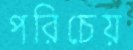
পরিচেয়